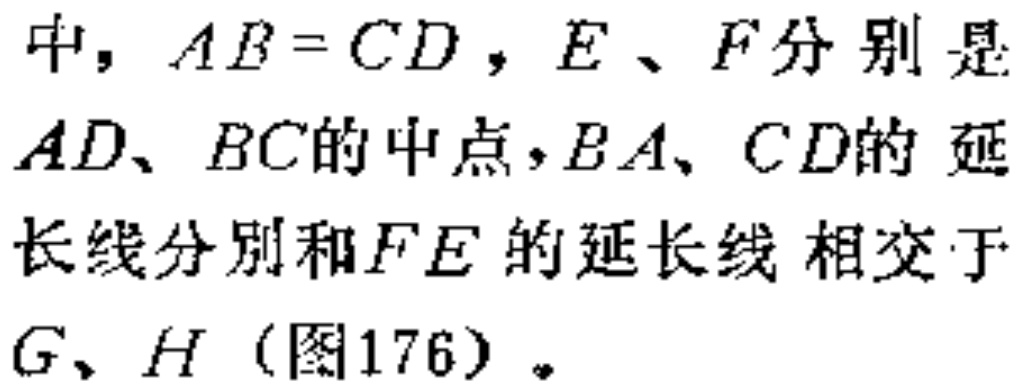
中，$AB = CD$，$E$、$F$分别是$AD$、$BC$的中点，$BA$、$CD$的延长线分别和$FE$的延长线相交于$G$、$H$（图176）。